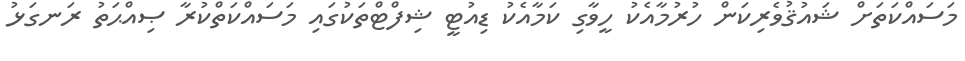
މަސައްކަތަށް ޝައުޤުވެރިކަން ހުރުމާއެކު ހީވާގި ކަމާއެކު ޑިއުޓީ ޝިފްޓްތަކުގައި މަސައްކަތްކުރާ ޞިއްޙަތު ރަނގަޅު